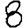
Digit: 8